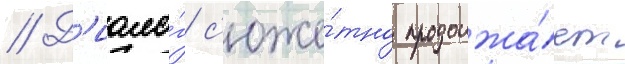
// Д'иало́г с'юже́тно продолжа́ет